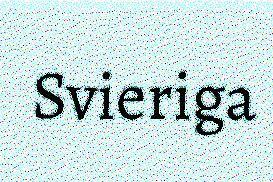
Svieriga